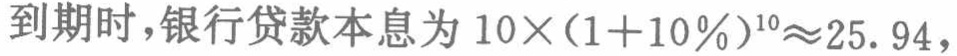
到期时，银行贷款本息为 \(10\times(1 + 10\%)^{10}\approx25.94\)，